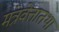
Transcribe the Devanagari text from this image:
मंत्रवेत्तातथा